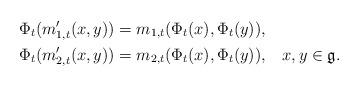
LaTeX: \begin{align*}& \Phi_t(m\rq_{1,t}(x,y))=m_{1,t}(\Phi_t(x),\Phi_t(y)),\\& \Phi_t(m\rq_{2,t}(x,y))=m_{2,t}(\Phi_t(x),\Phi_t(y)),\,\,\,~ x,y\in \mathfrak{g}. \end{align*}